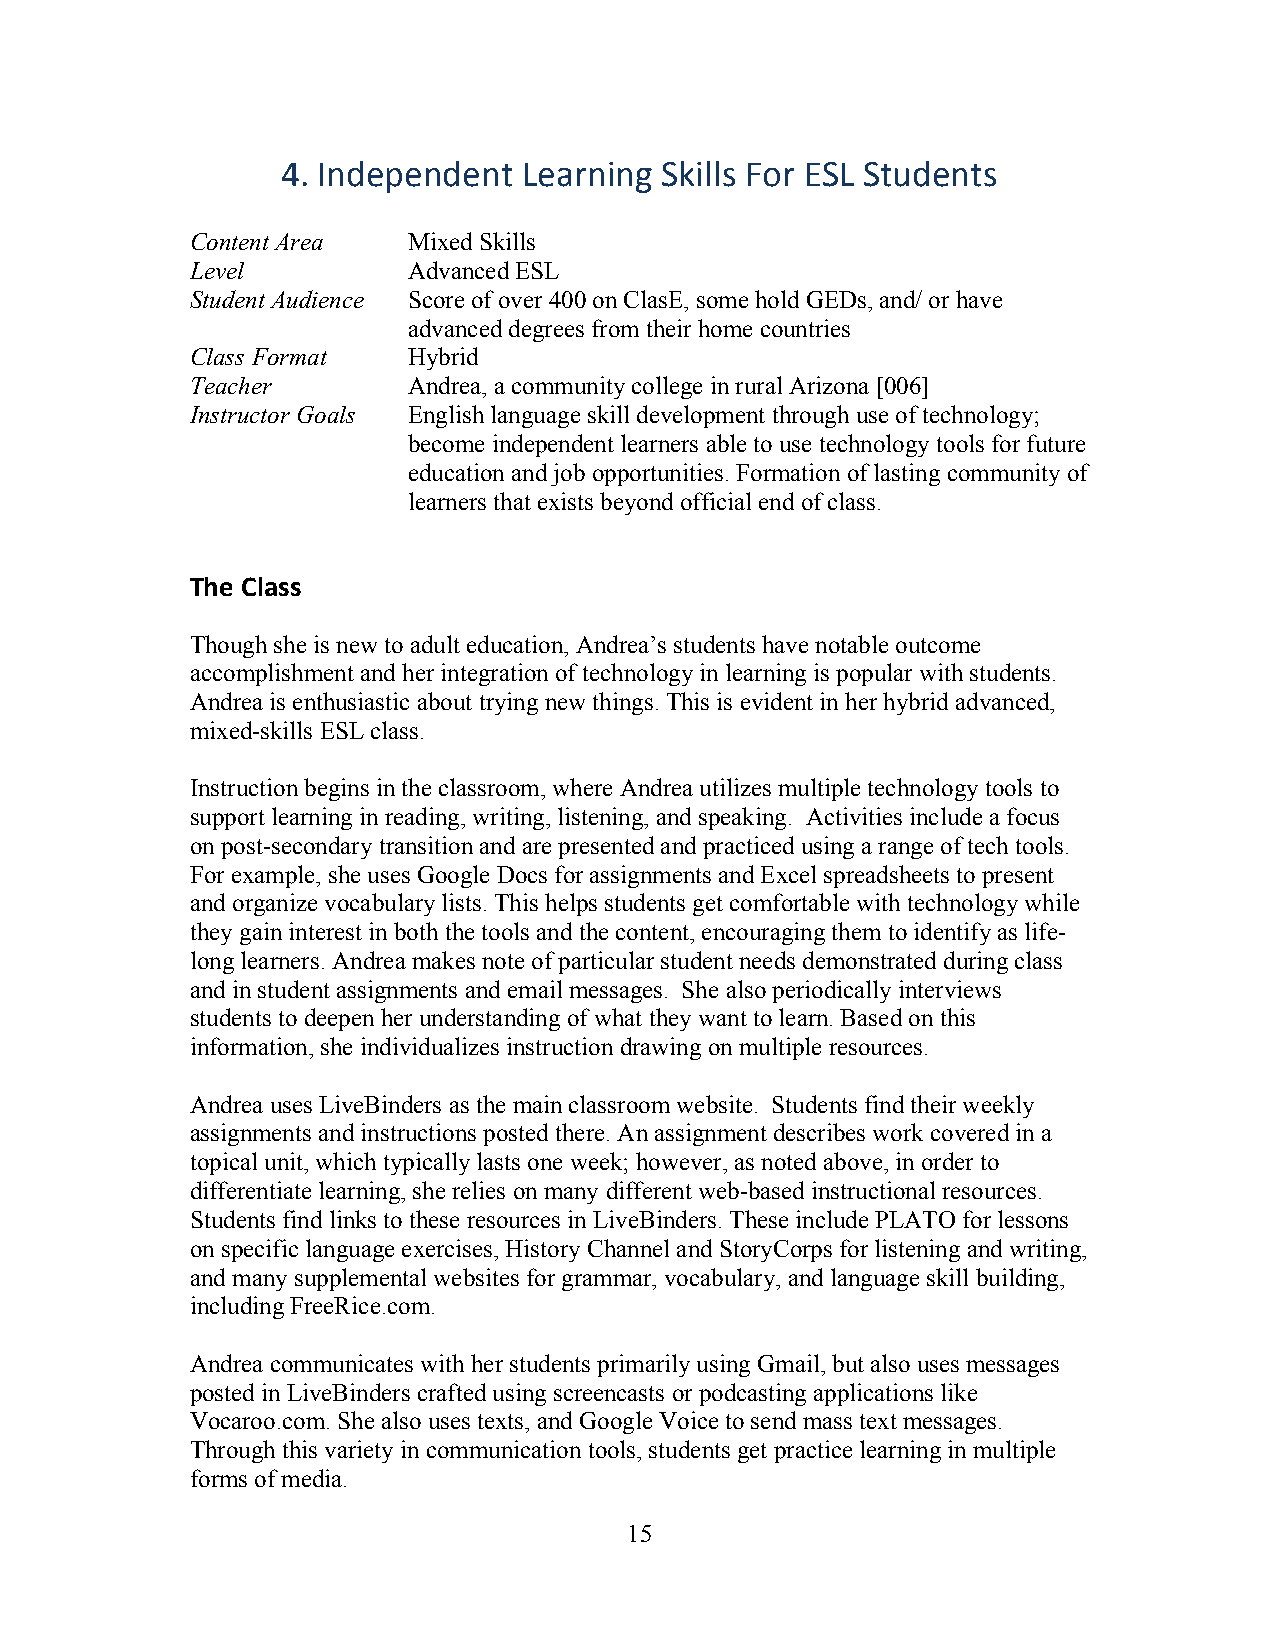
4. Independent  Learning Skills For ESL Students
 Content Area  Mixed Skills
 Level         Advanced ESL
 Student Audience Score of over 400 on ClasE, some hold GEDs, and/ or have
 advanced degrees from their home countries
 Class Format  Hybrid
 Teacher       Andrea, a community college in rural Arizona [006]
 Instructor Goals English language skill development through use of technology;
 become independent learners able to use technology tools for future
 education and job opportunities. Formation of lasting community of
 learners that exists beyond official end of class.
 The Class
 Though she is new to adult education, Andrea’s students have notable outcome
 accomplishment and her integration of technology in learning is popular with students.
 Andrea is enthusiastic about trying new things. This is evident in her hybrid advanced,
 mixed-skills ESL class.
 Instruction begins in the classroom, where Andrea utilizes multiple technology tools to
 support learning in reading, writing, listening, and speaking. Activities include a focus
 on post-secondary transition and are presented and practiced using a range of tech tools.
 For example, she uses Google Docs for assignments and Excel spreadsheets to present
 and organize vocabulary lists. This helps students get comfortable with technology while
 they gain interest in both the tools and the content, encouraging them to identify as life-
 long learners. Andrea makes note of particular student needs demonstrated during class
 and in student assignments and email messages. She also periodically interviews
 students to deepen her understanding of what they want to learn. Based on this
 information, she individualizes instruction drawing on multiple resources.
 Andrea uses LiveBinders as the main classroom website. Students find their weekly
 assignments and instructions posted there. An assignment describes work covered in a
 topical unit, which typically lasts one week; however, as noted above, in order to
 differentiate learning, she relies on many different web-based instructional resources.
 Students find links to these resources in LiveBinders. These include PLATO for lessons
 on specific language exercises, History Channel and StoryCorps for listening and writing,
 and many supplemental websites for grammar, vocabulary, and language skill building,
 including FreeRice.com.
 Andrea communicates with her students primarily using Gmail, but also uses messages
 posted in LiveBinders crafted using screencasts or podcasting applications like
 Vocaroo.com. She also uses texts, and Google Voice to send mass text messages.
 Through this variety in communication tools, students get practice learning in multiple
 forms of media.
 1 5